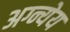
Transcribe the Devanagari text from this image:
अग्न्येय